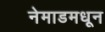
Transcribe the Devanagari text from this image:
नेमाडमधून